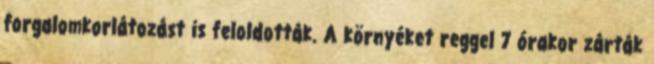
forgalomkorlátozást is feloldották. A környéket reggel 7 órakor zárták